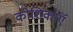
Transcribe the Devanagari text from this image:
कोशिकाऍं